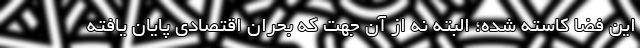
این فضا کاسته شده؛ البته نه از آن جهت که بحران اقتصادی پایان یافته